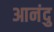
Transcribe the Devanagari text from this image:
आनंदु